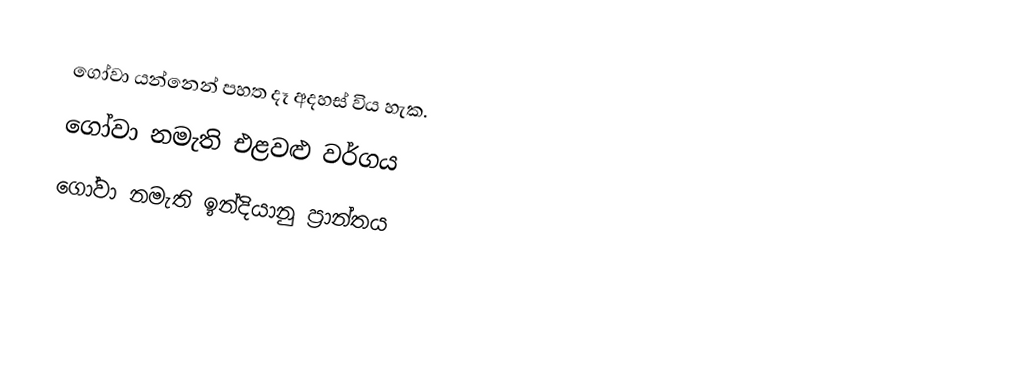
ගෝවා යන්නෙන් පහත දෑ අදහස් විය හැක.
 ‍ගෝවා නමැති එළවළු වර්ගය
 ගෝවා නමැති ඉන්දියානු ප්‍රාන්තය